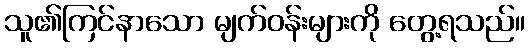
သူ၏ကြင်နာသော မျက်ဝန်းများကို တွေ့ရသည်။